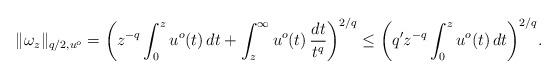
LaTeX: \begin{align*}\|\omega_z\|_{q/2,u^o}= \bigg(z^{-q}\int_0^z u^o(t)\,dt+\int_z^\infty u^o(t)\,\frac{dt}{t^q}\bigg)^{2/q}\le\bigg(q'z^{-q}\int_0^zu^o(t)\,dt\bigg)^{2/q}.\end{align*}